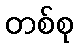
တစ်စု